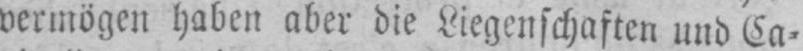
vermögen haben aber die Liegenschaften und Ca⸗